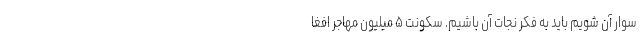
سوار آن شویم باید به فکر نجات آن باشیم. سکونت ۵ میلیون مهاجر افغا